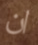
ان